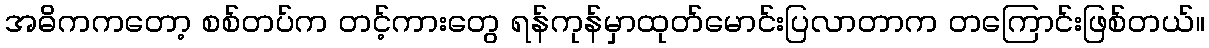
အဓိကကတော့ စစ်တပ်က တင့်ကားတွေ ရန်ကုန်မှာထုတ်မောင်းပြလာတာက တကြောင်းဖြစ်တယ်။